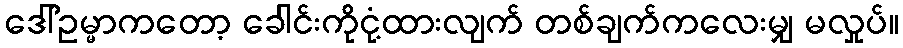
ဒေါ်ဥမ္မာကတော့ ခေါင်းကိုငုံ့ထားလျက် တစ်ချက်ကလေးမျှ မလှုပ်။